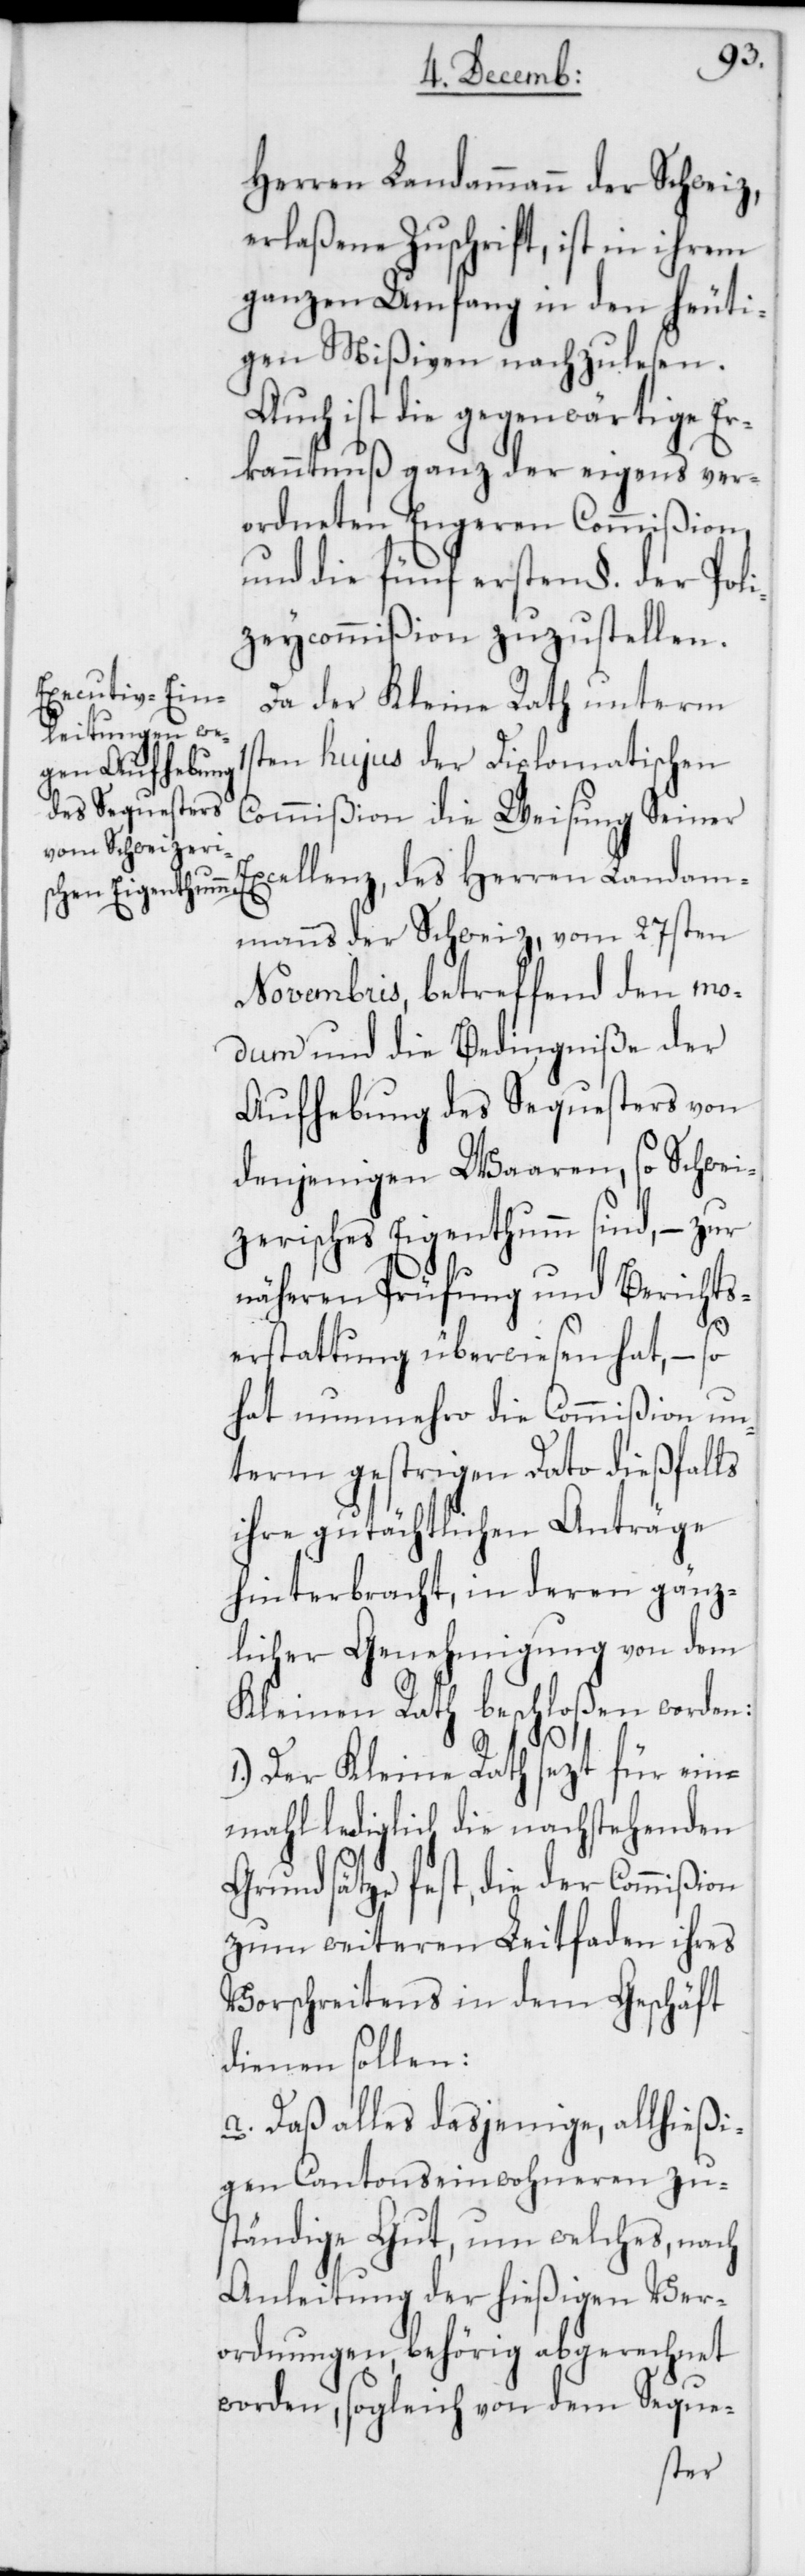
1s¬
Herren Landammann der Schweiz,
erlaßene Zuschrift, ist in ihrem
ganzen Umfang in den heuti¬
gen Mißiven nachzulesen.
Auch ist die gegenwärtige Er¬
kanntnuß ganz der eigens ver¬
ordneten Engeren Commißion
und die fünf ersten §. der Poli¬
zeycommißion zuzustellen.
Da der Kleine Rath unterm
ten hujus der Diplomatischen
Commißion die Weisung Seiner
Excellenz, des Herren Landam¬
manns der Schweiz, vom 27sten
Novembris, betreffend den mo¬
dum und die Bedingniße der
Aufhebung des Sequesters von
denjenigen Waaren, so Schwei¬
zerisches Eigenthum sind, – zur
näheren Prüfung und Berichts¬
erstattung überwiesen hat, – so
hat nunmehro die Commißion un¬
term gestrigen Dato dießfalls
ihre gutächtlichen Anträge
hinterbracht, in deren gänz¬
licher Genehmigung von dem
Kleinen Rath beschloßen worden:
1.) Der Kleine Rath sezt für ein¬
mal lediglich die nachstehenden
Grundsätze fest, die der Commißion
zum weiteren Leitfaden ihres
Vorschreitens in dem Geschäft
dienen sollen:
a. Daß alles dasjenige, allhießi¬
gen Cantonseinwohneren zu¬
ständige Gut, um welches, nach
Anleitung der hießigen Ver¬
ordnungen, behörig abgerechnet
worden, sogleich von dem Seque-